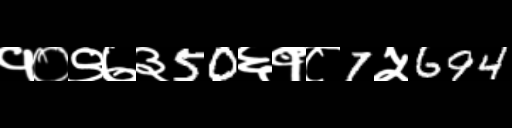
Text: १०९७३50६१८7५694